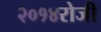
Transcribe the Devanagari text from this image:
२०१४रोजी